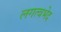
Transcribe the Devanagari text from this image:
लगत्वभेद